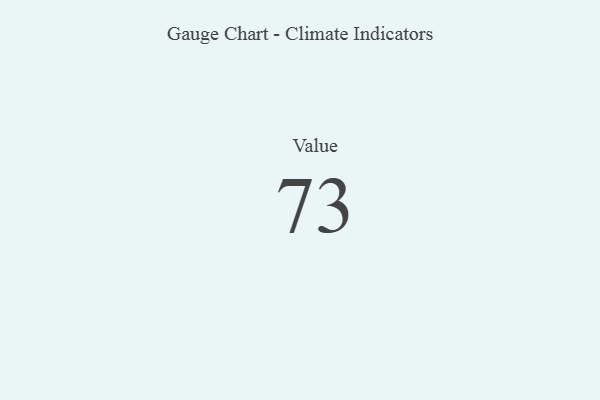
{"axis": {"x": "Metric", "y": "Value"}, "legend": [""], "data": [{"x": "Value", "y": 73, "type": ""}]}